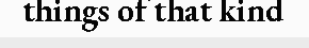
things of that kind